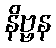
နိဗ္ဗန